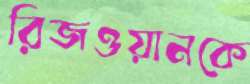
রিজওয়ানকে